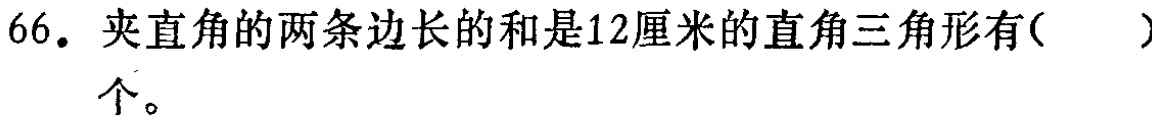
66. 夹直角的两条边长的和是12厘米的直角三角形有( )个。